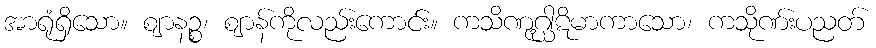
အာရုံရှိသော။ ဈာနဉ္စ၊ ဈာန်ကိုလည်းကောင်း။ ကသိဏုဂ္ဃါဋိမာကာသော၊ ကသိုဏ်းပညတ်